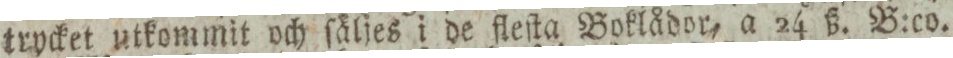
trycket utkommit och ſäljes i de fleſta Boklådor, a 24 ß. B:co.